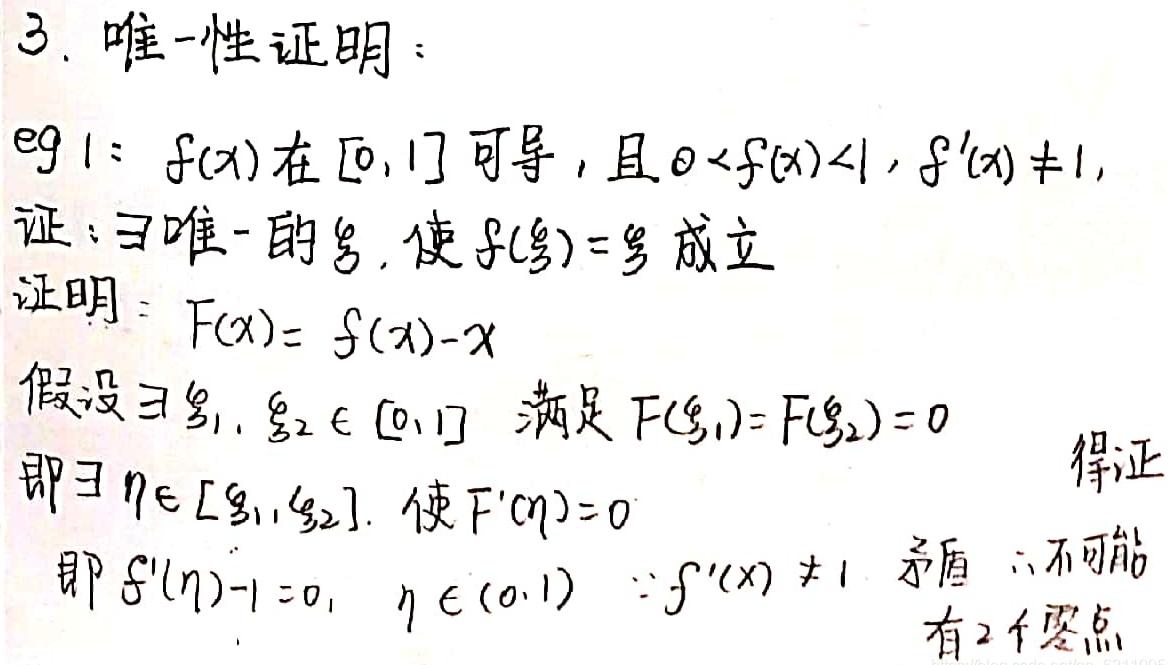
3. 唯一性证明：
eg 1: $f(x)$在$[0,1]$可导，且$0 < f(x) < 1$, $f^{\prime}(x) \neq 1$,
证：$\exists$唯一的$\xi$, 使$f(\xi)=\xi$成立
证明：$F(x)=f(x)-x$
假设$\exists \xi_1, \xi_2 \in [0,1]$ 满足$F(\xi_1)=F(\xi_2)=0$
即$\exists \eta \in [\xi_1,\xi_2]$. 使$F^{\prime}(\eta)=0$
即$f^{\prime}(\eta)-1 = 0$, $\eta \in (0,1)$ $\because f^{\prime}(x) \neq 1$ 矛盾 $\therefore$不可能
有2个零点 得证